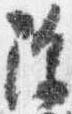
除